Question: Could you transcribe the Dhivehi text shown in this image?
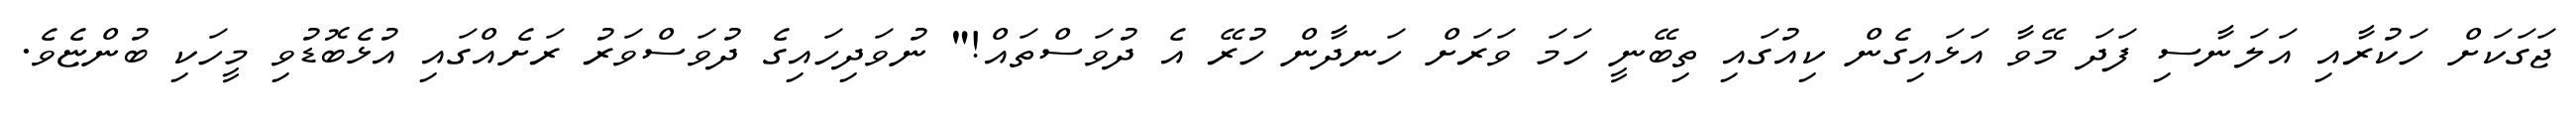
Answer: ޖަގަކަށް ހަކުރާއި އަލަނާސި ފަދަ މޭވާ އަޅައިގެން ކިއުގައި ތިބޭނީ ހަމަ ވަރަށް ހަނދާން ހުރޭ އެ ދުވަސްތައް!" ނުވަދިހައިގެ ދުވަސްވަރު ރަށެއްގައި އުޅެބޮޑުވި މީހަކި ބުންޏެވެ.